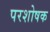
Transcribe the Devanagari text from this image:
परशोषक